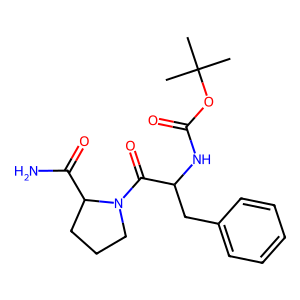
SMILES: CC(C)(C)OC(=O)NC(Cc1ccccc1)C(=O)N1CCCC1C(N)=O
Inhibits HIV replication: No